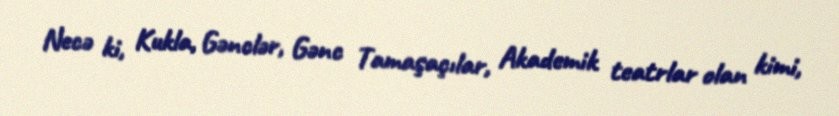
Necə ki, Kukla, Gənclər, Gənc Tamaşaçılar, Akademik teatrlar olan kimi,